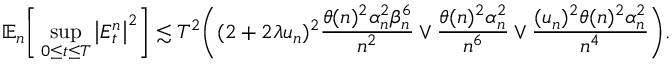
\mathbb { E } _ { n } \bigg [ \operatorname* { s u p } _ { 0 \le t \le T } \big | E _ { t } ^ { n } \big | ^ { 2 } \bigg ] \lesssim T ^ { 2 } \bigg ( ( 2 + 2 \lambda \mathfrak { u } _ { n } ) ^ { 2 } \frac { \theta ( n ) ^ { 2 } \alpha _ { n } ^ { 2 } \beta _ { n } ^ { 6 } } { n ^ { 2 } } \vee \frac { \theta ( n ) ^ { 2 } \alpha _ { n } ^ { 2 } } { n ^ { 6 } } \vee \frac { ( \mathfrak { u } _ { n } ) ^ { 2 } \theta ( n ) ^ { 2 } \alpha _ { n } ^ { 2 } } { n ^ { 4 } } \bigg ) .